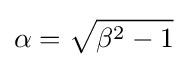
\alpha ={\sqrt {\beta ^{2}-1}}